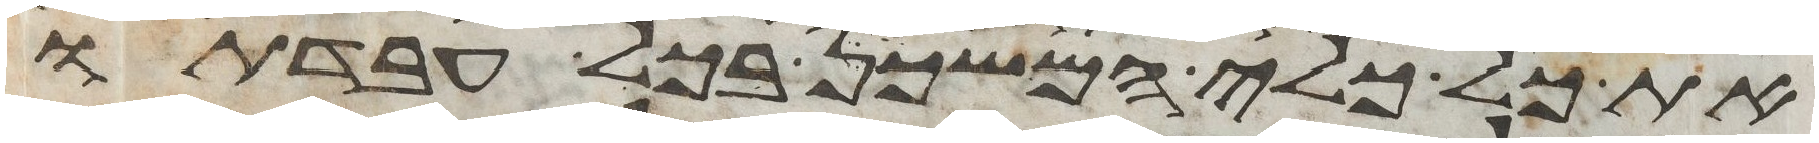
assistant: את כל כלי המשכן בכל עבדתו